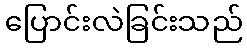
ပြောင်းလဲခြင်းသည်